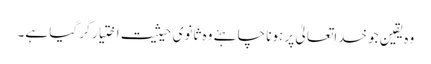
وہ یقین جو خداتعالیٰ پر ہونا چاہئے وہ ثانوی حیثیت اختیار کر گیا ہے۔